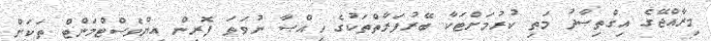
މިރާއްޖޭގެ އިގްތިޞާދު މަތި ކުރުމަށްޓަކާ ބޭރުފަރާތްތަކުގެ ހިއްޞާ ނުވަތަ ފޮރިން އިންވެސްޓްމަންޓް ތަކަށް